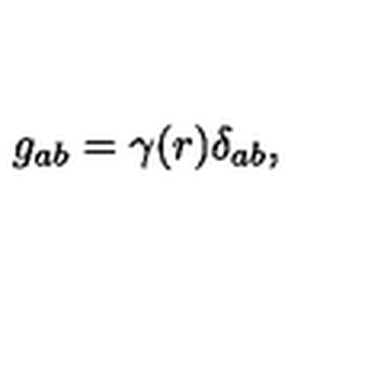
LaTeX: g _ { a b } = \gamma ( r ) \delta _ { a b } ,